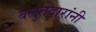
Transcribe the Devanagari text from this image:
बलुतेदारांनी